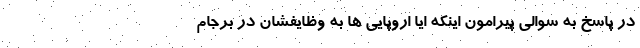
در پاسخ به سوالی پیرامون اینکه ایا اروپایی ها به وظایفشان در برجام